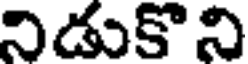
నిడుకొని